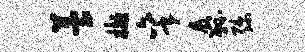
苔樾秉纛弥